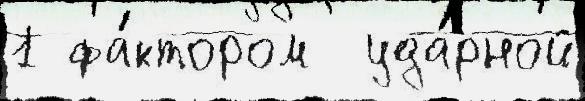
1 фа́ктором  уда́рной